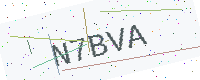
Text: N7BVA